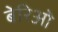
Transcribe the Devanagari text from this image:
बेरिओ